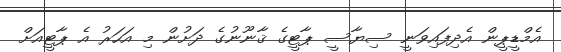
އެމްޑީޕީން އެދިފައިވަނީ ސިޔާސީ ޕާޓީގެ ޤާނޫނުގެ ދަށުން މި އަހަރު އެ ޕާޓީއަށް